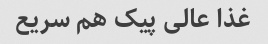
غذا عالی پیک هم سریع